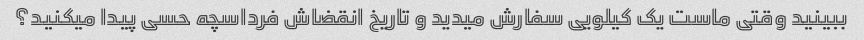
ببینید وقتی ماست یک کیلویی سفارش میدید و تاریخ انقضاش فرداسچه حسی پیدا میکنید؟